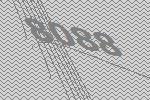
8088